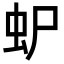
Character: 𮓴